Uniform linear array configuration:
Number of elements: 32
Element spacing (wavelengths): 1
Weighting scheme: binomial
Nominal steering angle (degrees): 0
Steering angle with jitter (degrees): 0.3016
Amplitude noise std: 0.05
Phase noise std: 0.05

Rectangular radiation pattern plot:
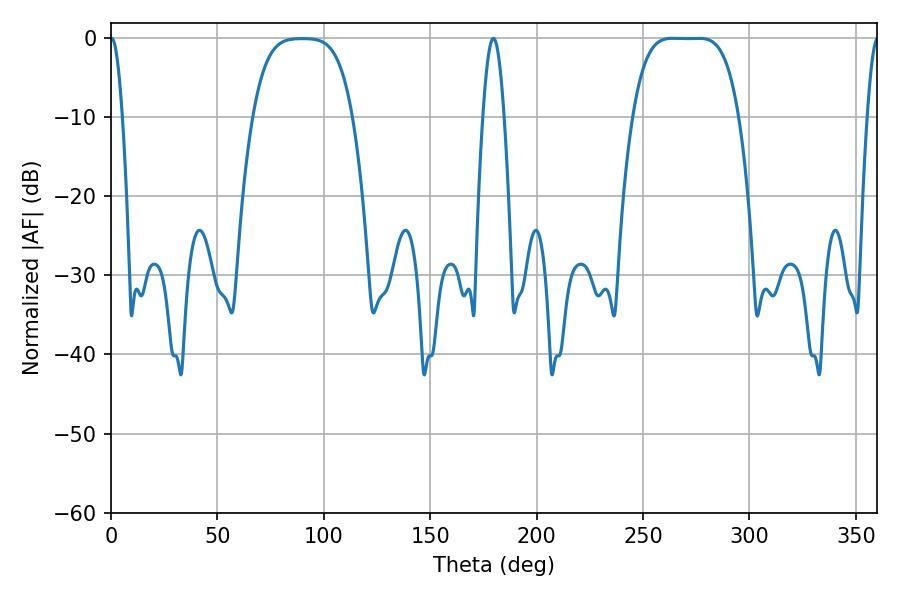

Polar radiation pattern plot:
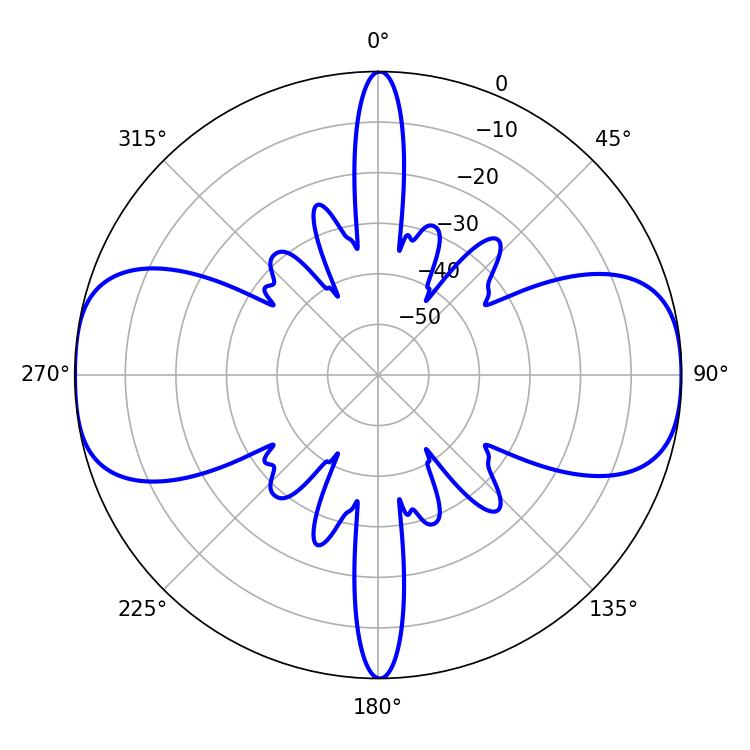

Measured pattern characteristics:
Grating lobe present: TRUE
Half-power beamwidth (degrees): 37.44
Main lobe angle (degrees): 263.88